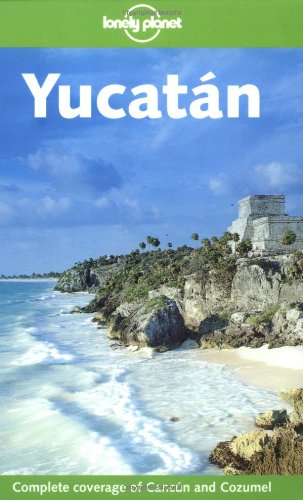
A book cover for Lonely Planet Yucatan (Lonely Planet Cancun, Cozumel & the Yucatan); Ben Greensfelder; Travel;